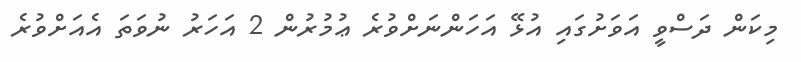
މިކަން ދަސްވީ އަވަށުގައި އުޅޭ އަހަންނަށްވުރެ ޢުމުރުން 2 އަހަރު ނުވަތަ އެއަށްވުރެ